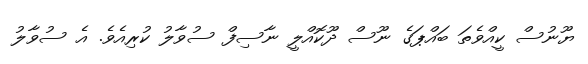
ޔޫނުސް ކީއްވެތަ ބައްޕަގެ ނޫސް ދޫކޮއްލީ ނާސިފް ސުވާލު ކުރިއެވެ. އެ ސުވާލު